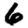
Digit: 6